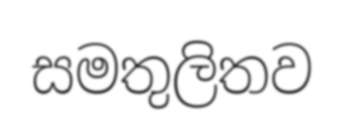
සමතුලිතව